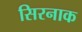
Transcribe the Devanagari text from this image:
सिरनाक